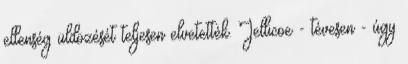
ellenség üldözését teljesen elvetették. Jellicoe - tévesen - úgy